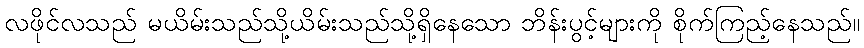
လဖိုင်လသည် မယိမ်းသည်သို့ယိမ်းသည်သို့ရှိနေသော ဘိန်းပွင့်များကို စိုက်ကြည့်နေသည်။